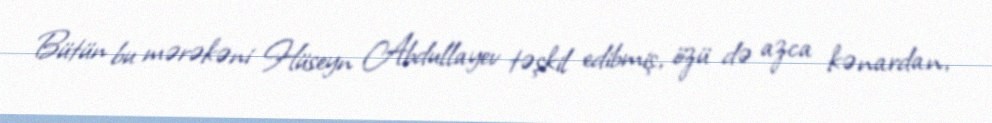
Bütün bu mərəkəni Hüseyn Abdullayev təşkil edibmiş, özü də azca kənardan,